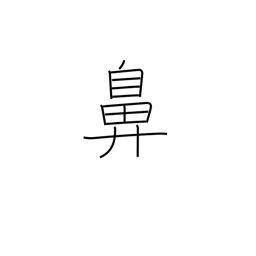
Meaning: nose